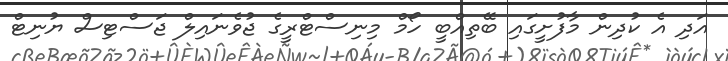
އަދި އެ ކުދިން މާފުށީގައި ބޭތިއްބީ ހޯމް މިނިސްޓްރީގެ ޖުވެނައިލް ޖަސްޓިސް ޔުނިޓް